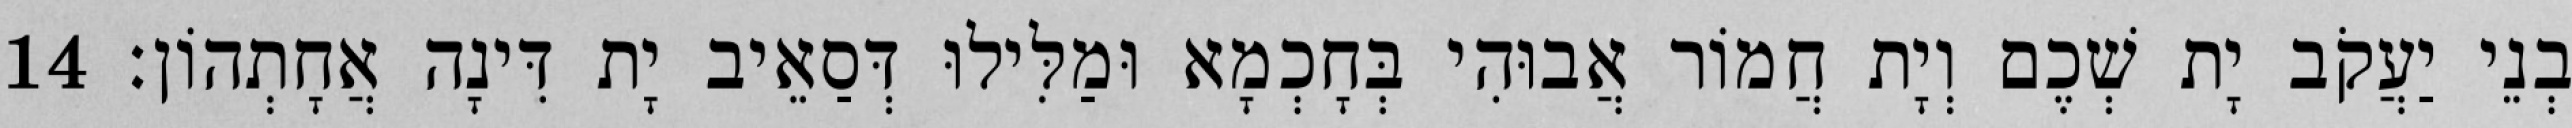
בְנֵי יַעֲקֹב יָת שְׁכֶם וְיָת חֲמוֹר אֲבוּהִי בְּחָכְמָא וּמַלִּילוּ דְּסַאֵיב יָת דִּינָה אֲחָתְהוֹן׃ 14